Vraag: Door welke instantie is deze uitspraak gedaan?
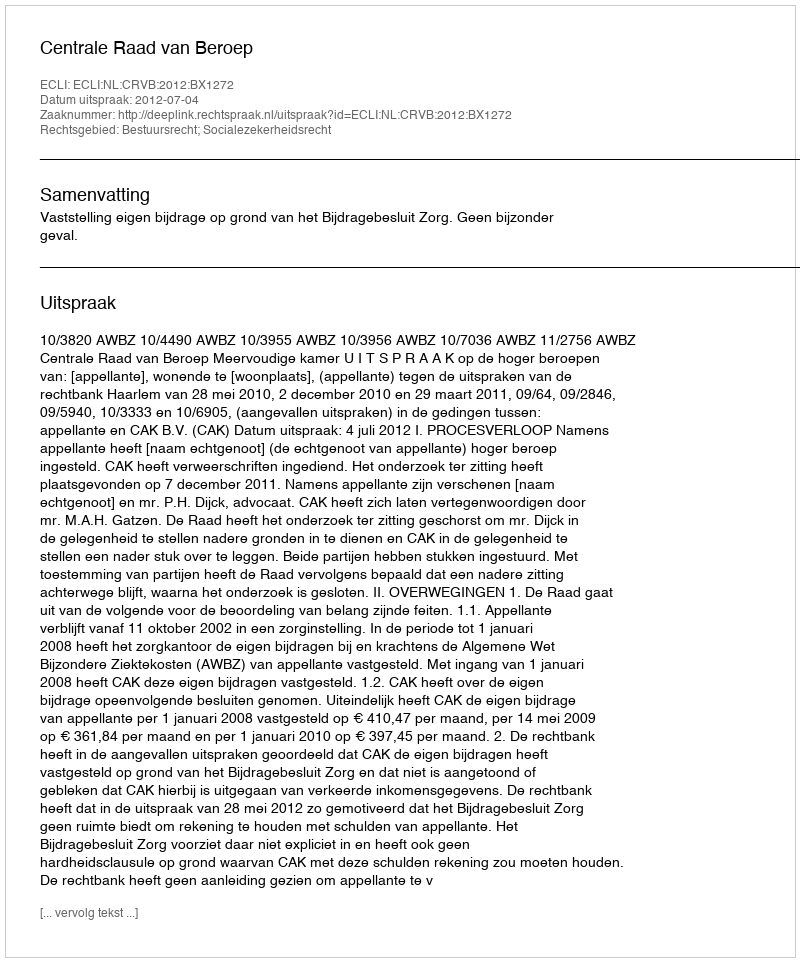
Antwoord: Centrale Raad van Beroep